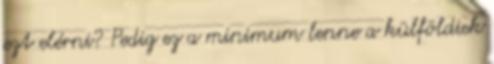
ezt elérni? Pedig ez a minimum lenne a külföldiek